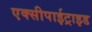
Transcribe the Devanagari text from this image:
एक्सीपाईट्राइड